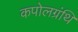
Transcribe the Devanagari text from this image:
कपोलग्रंथि